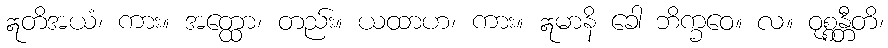
ဣတိအယံ၊ ကား။ အတ္ထော၊ တည်း။ ယထာဟ၊ ကား။ ဣမာနိ ခေါ ဘိက္ခဝေ။ လ။ ဝုစ္စန္တီတိ၊